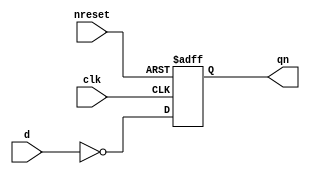
//#############################################################################
//# Function:  Positive edge-triggered static inverting D-type flop-flop with #
//             async active low reset.                                        # 
//# Copyright: OH Project Authors. ALl rights Reserved.                       #
//# License:   MIT (see LICENSE file in OH repository)                        # 
//#############################################################################

module oh_dffrqn #(parameter DW = 1) // array width
   (
    input [DW-1:0] 	d,
    input [DW-1:0] 	clk,
    input [DW-1:0] 	nreset,
    output reg [DW-1:0] qn
    );
   
   always @ (posedge clk or negedge nreset)
     if(!nreset)
       qn <= {DW{1'b1}};
     else
       qn <= ~d;
   
endmodule